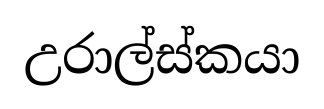
උරාල්ස්කයා